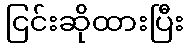
ငြင်းဆိုထားပြီး